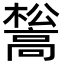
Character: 𮪺